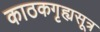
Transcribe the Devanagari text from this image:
काठकगृह्यसूत्र